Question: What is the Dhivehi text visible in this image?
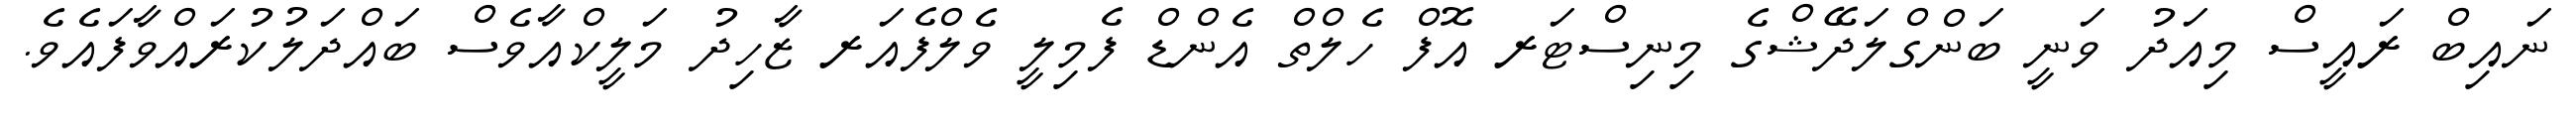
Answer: ނައިބް ރައީސް މިއަދު ވަނީ ބަންގްލަދޭޝްގެ މިނިސްޓަރ އޮފް ހެލްތް އެންޑް ފެމިލީ ވެލްފެއަރ ޒާހިދު މަލީކްއާވެސް ބައްދަލުކުރައްވާފައެވެ.